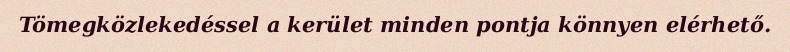
Tömegközlekedéssel a kerület minden pontja könnyen elérhető.